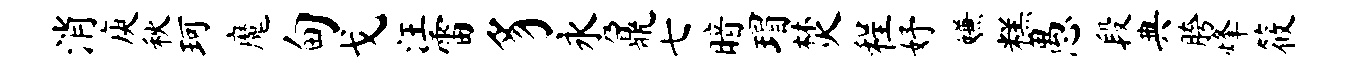
消庾秋珂魔甸戈汪雷豸永鼐七暗瑁焚程妤嫌糕愚段典胯烽筱